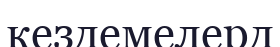
кездемелерд